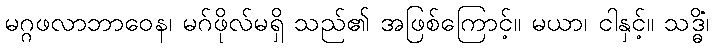
မဂ္ဂဖလာဘာဝေန၊ မဂ်ဖိုလ်မရှိ သည်၏ အဖြစ်ကြောင့်။ မယာ၊ ငါနှင့်။ သဒ္ဓိံ၊